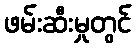
ဖမ်းဆီးမှုတွင်